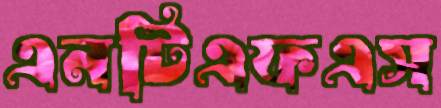
এনটিএফএস